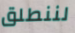
لننطلق